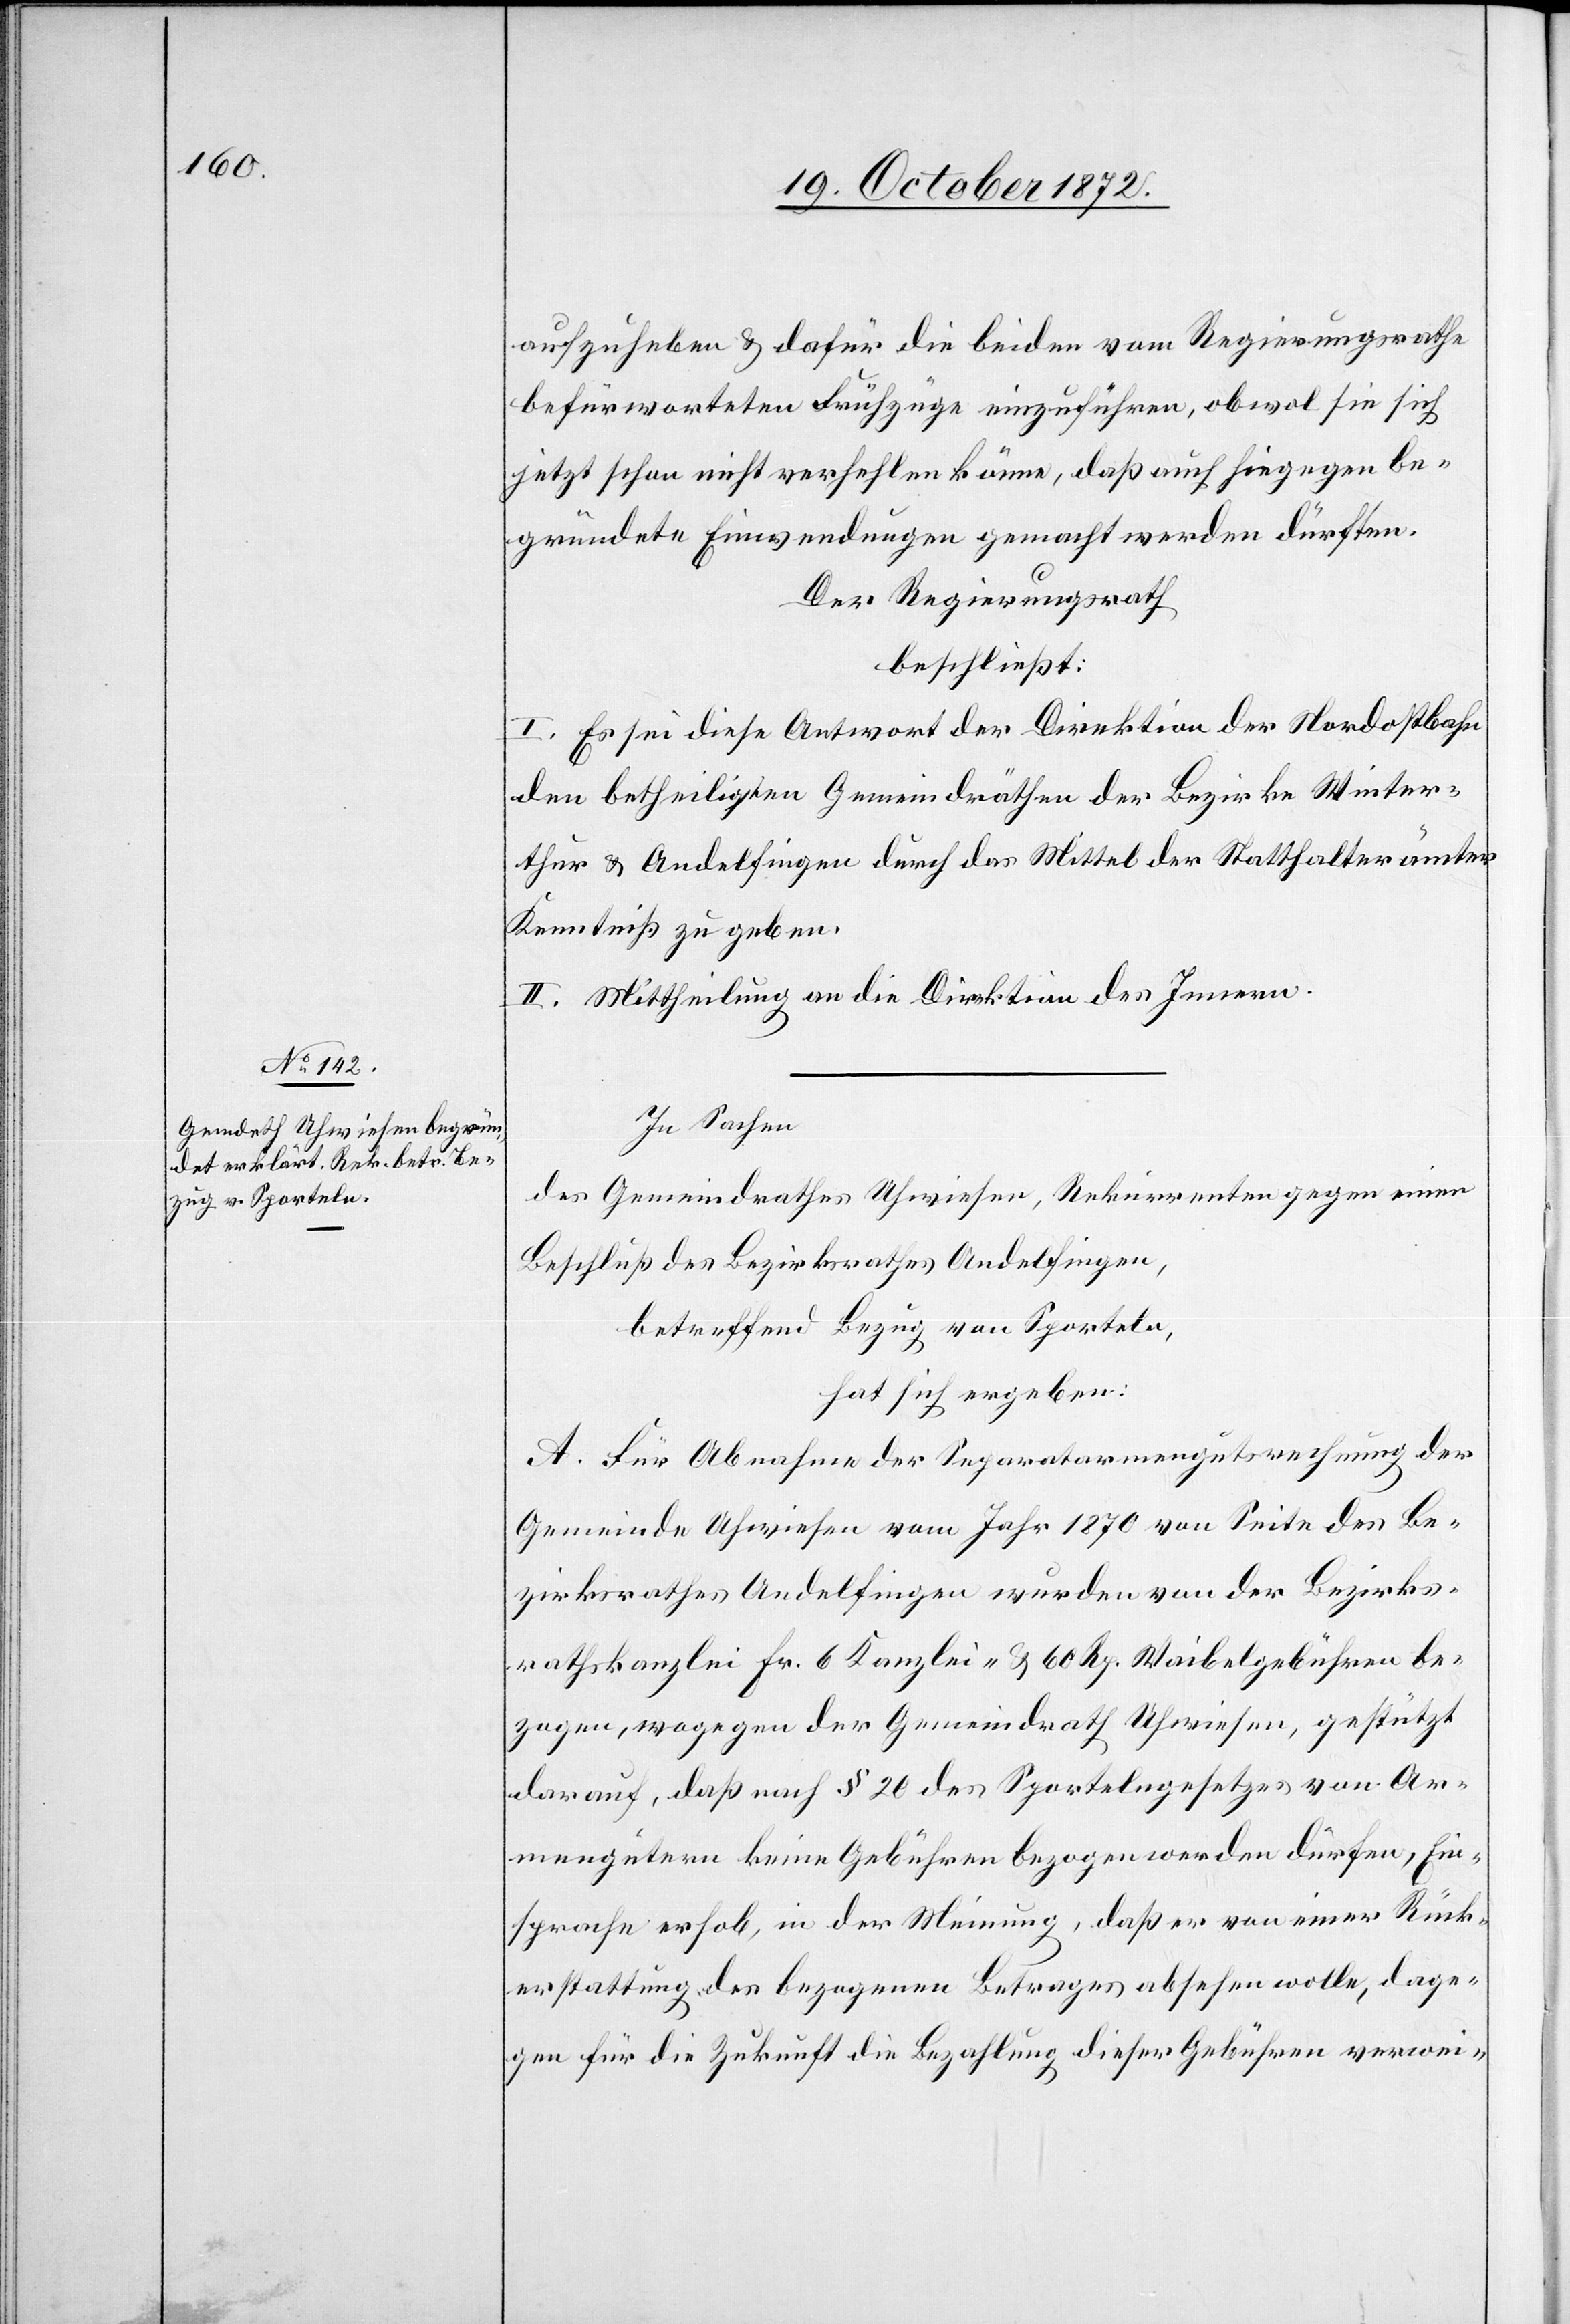
aufzuheben u. dafür die beiden vom Regierungsrathe
befürworteten Frühzüge einzuführen, obwol sie sich
jetzt schon nicht verhehlen könne, daß auch hiegegen be¬
gründete Einwendungen gemacht werden dürften.
Der Regierungsrath
beschließt:
I. Es sei diese Antwort der Direktion der Nordostbahn
den betheiligten Gemeindräthen der Bezirke Winter¬
thur u. Andelfingen durch das Mittel der Statthalterämter
Kenntniß zu geben.
II. Mittheilung an die Direktion des Innern.
In Sachen
des Gemeindrathes Uhwiesen, Rekurrenten gegen einen
Beschluß des Bezirksrathes Andelfingen,
betreffend Bezug von Sporteln,
hat sich ergeben:
A. Für Abnahme der Separatarmengutsrechnung der
Gemeinde Uhwiesen vom Jahr 1870 von Seite des Be¬
zirksrathes Andelfingen wurden von der Bezirks¬
kanzlei Fr. 6 Kanzlei- u. 60 Rp. Waibelgebühren be¬
zogen, wogegen der Gemeindrath Uhwiesen, gestützt
darauf, daß nach § 20 des Sportelngesetzes von Ar¬
mengütern keine Gebühren bezogen werden dürfen, Ein¬
sprache erhob, in der Meinung, daß er von einer Rück¬
erstattung des bezogenen Betrages absehen wolle, dage¬
gen für die Zukunft die Bezahlung dieser Gebühren verwei-